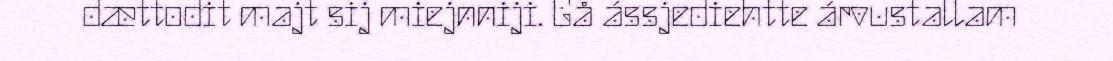
dættodit majt sij miejnniji. Gå ássjediehtte árvustallam